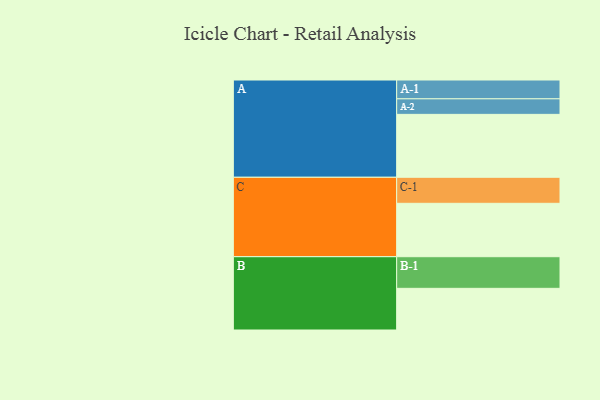
{"axis": {"x": "Segment", "y": "Value"}, "legend": ["", "A", "B", "C"], "data": [{"x": "A", "y": 595, "type": ""}, {"x": "B", "y": 394, "type": ""}, {"x": "C", "y": 505, "type": ""}, {"x": "A-1", "y": 178, "type": "A"}, {"x": "A-2", "y": 147, "type": "A"}, {"x": "B-1", "y": 299, "type": "B"}, {"x": "C-1", "y": 246, "type": "C"}]}